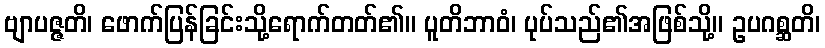
ဗျာပဇ္ဇတိ၊ ဖောက်ပြန်ခြင်းသို့ရောက်တတ်၏။ ပူတိဘာဝံ၊ ပုပ်သည်၏အဖြစ်သို့။ ဥပဂစ္ဆတိ၊